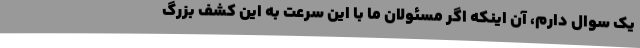
یک سوال دارم، آن اینکه اگر مسئولان ما با این سرعت به این کشف بزرگ